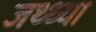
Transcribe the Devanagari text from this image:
जथ्थ्या